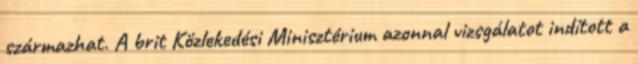
származhat. A brit Közlekedési Minisztérium azonnal vizsgálatot indított a